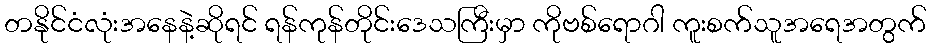
တနိုင်ငံလုံးအနေနဲ့ဆိုရင် ရန်ကုန်တိုင်းဒေသကြီးမှာ ကိုဗစ်ရောဂါ ကူးစက်သူအရေအတွက်